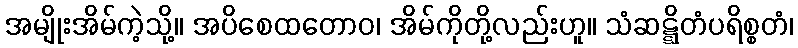
အမျိုးအိမ်ကဲ့သို့။ အပိစေထတောဝ၊ အိမ်ကိုတို့လည်းဟူ။ သံဆဋ္ဋိတံပရိစ္စတံ၊